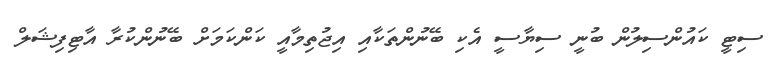
ސިޓީ ކައުންސިލުން ބުނީ ސިޔާސީ އެކި ބޭނުންތަކާއި އިޖުތިމާއީ ކަންކަމަށް ބޭނުންކުރާ އާޓިފިޝަލް